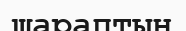
шараптың